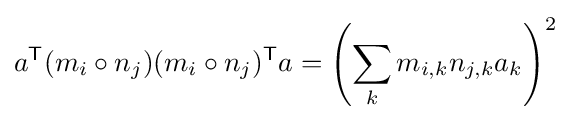
a^{\textsf {T}}(m_{i}\circ n_{j})(m_{i}\circ n_{j})^{\textsf {T}}a=\left(\sum _{k}m_{i,k}n_{j,k}a_{k}\right)^{2}